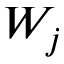
W _ { j }